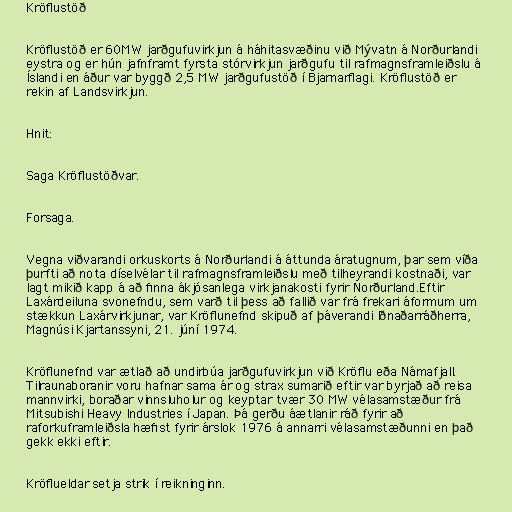
Kröflustöð

Kröflustöð er 60MW jarðgufuvirkjun á háhitasvæðinu við Mývatn á Norðurlandi
eystra og er hún jafnframt fyrsta stórvirkjun jarðgufu til rafmagnsframleiðslu á
Íslandi en áður var byggð 2,5 MW jarðgufustöð í Bjarnarflagi. Kröflustöð er
rekin af Landsvirkjun.

Hnit:

Saga Kröflustöðvar.

Forsaga.

Vegna viðvarandi orkuskorts á Norðurlandi á áttunda áratugnum, þar sem víða
þurfti að nota díselvélar til rafmagnsframleiðslu með tilheyrandi kostnaði, var
lagt mikið kapp á að finna ákjósanlega virkjanakosti fyrir Norðurland.Eftir
Laxárdeiluna svonefndu, sem varð til þess að fallið var frá frekari áformum um
stækkun Laxárvirkjunar, var Kröflunefnd skipuð af þáverandi Iðnaðarráðherra,
Magnúsi Kjartanssyni, 21. júní 1974.

Kröflunefnd var ætlað að undirbúa jarðgufuvirkjun við Kröflu eða Námafjall.
Tilraunaboranir voru hafnar sama ár og strax sumarið eftir var byrjað að reisa
mannvirki, boraðar vinnsluholur og keyptar tvær 30 MW vélasamstæður frá
Mitsubishi Heavy Industries í Japan. Þá gerðu áætlanir ráð fyrir að
raforkuframleiðsla hæfist fyrir árslok 1976 á annarri vélasamstæðunni en það
gekk ekki eftir.

Kröflueldar setja strik í reikninginn.